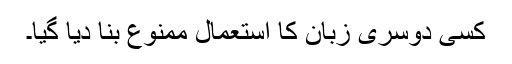
کسی دوسری زبان کا استعمال ممنوع بنا دیا گیا۔